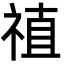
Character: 禃